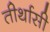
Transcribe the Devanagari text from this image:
तीर्थासी